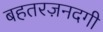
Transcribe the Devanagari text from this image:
बहतरज़नदगी